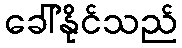
ခေါ်နိုင်သည်